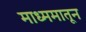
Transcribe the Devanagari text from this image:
माध्ममातून